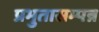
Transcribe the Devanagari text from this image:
प्रभुतासम्पन्न